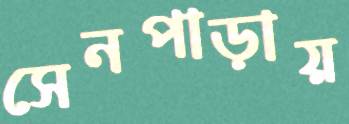
সেনপাড়ায়